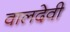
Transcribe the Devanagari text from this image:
वालदेवी